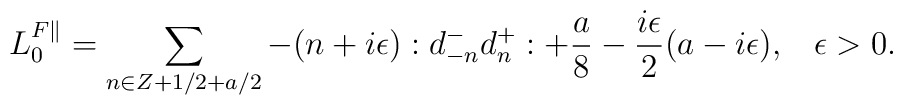
L_0^{F\parallel}= \sum_{n\in Z+1/2 +a/2} -(n+i\epsilon):d^-_{-n}d^+_n: + {a\over 8}-{i\epsilon\over 2}(a-i\epsilon),\;\;\; \epsilon >0.